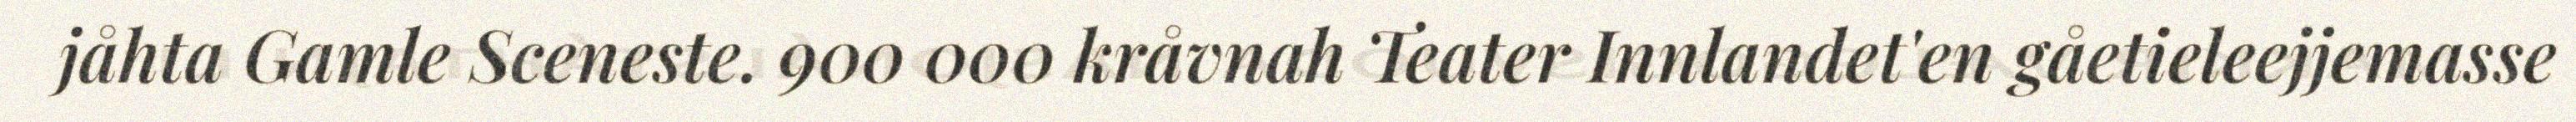
jåhta Gamle Sceneste. 900 000 kråvnah Teater Innlandet'en gåetieleejjemasse